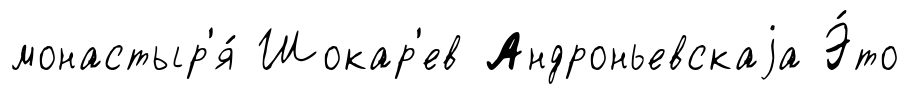
монастыр'я́ Шокар'ев Андроньевскаjа Э́то